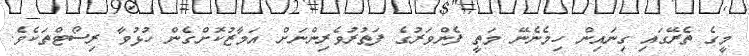
މީގެ ތެރޭގައި ގިނައިން ހިމެނެނޭ މަތީ ފެންވަރުގެ ފަތުުރުވެރިންނަށް އަމާޒުކޮށްގެން ހުޅުވާ ރިސޯޓްތަކެވެ.